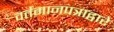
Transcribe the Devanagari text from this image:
वर्तमानपत्राद्वारे